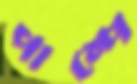
পাম্পে